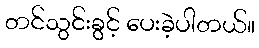
တင်သွင်းခွင့် ပေးခဲ့ပါတယ်။